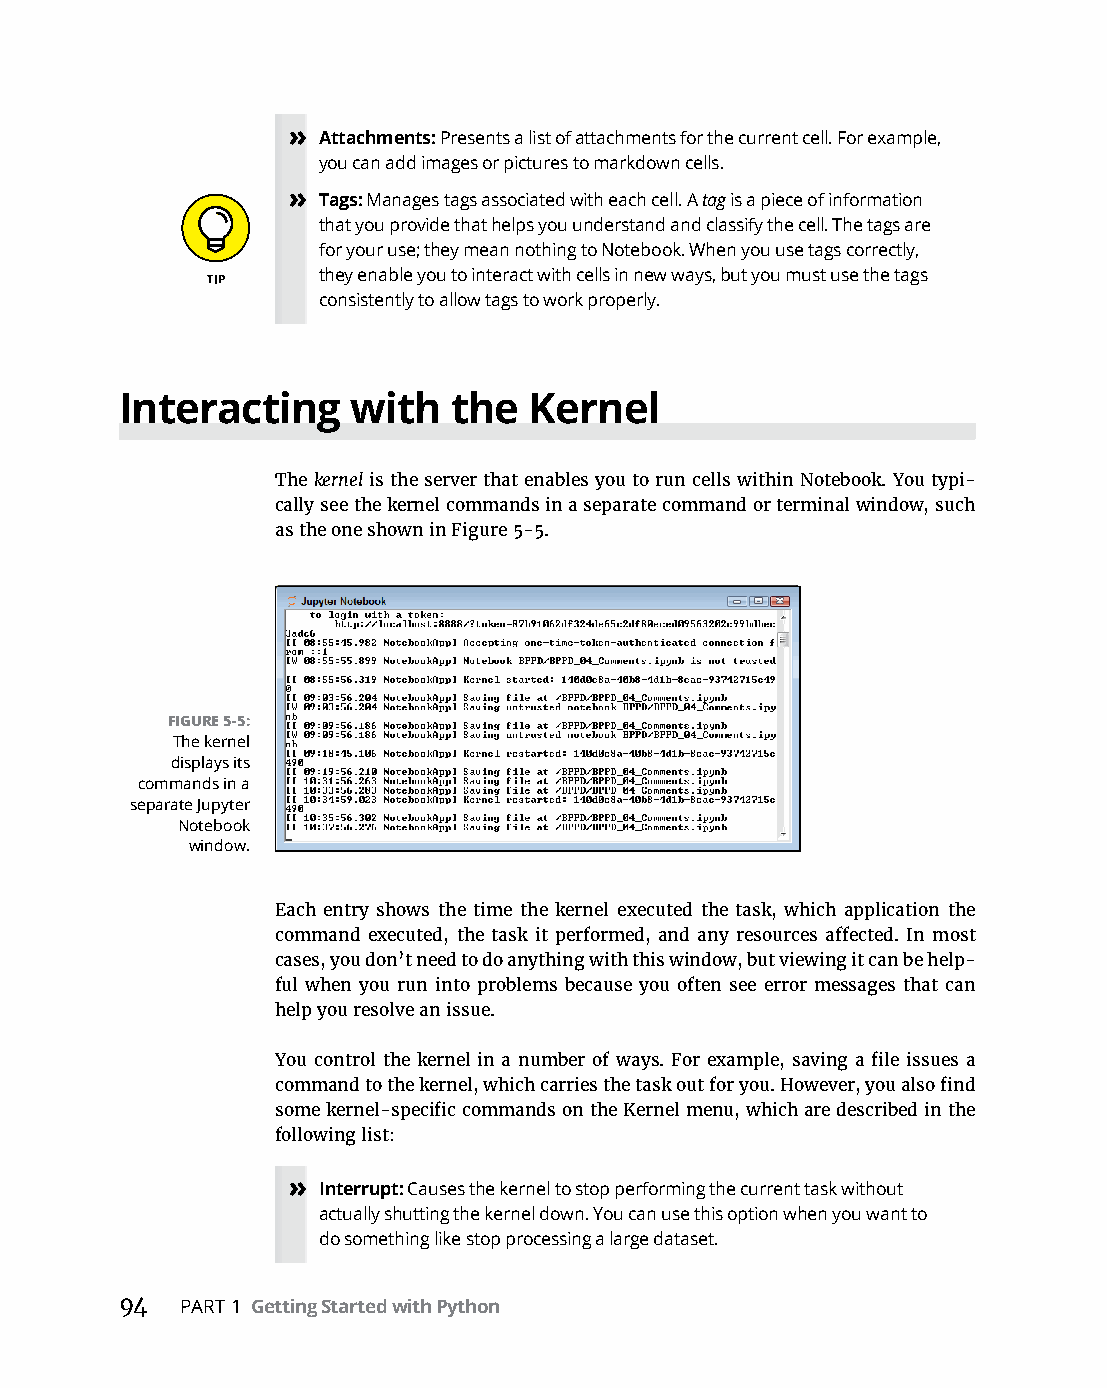
» Attachments: Presents a list of attachments for the current cell. For example,
 you can add images or pictures to markdown cells.
 » Tags: Manages tags associated with each cell. A tag is a piece of information
 that you provide that helps you understand and classify the cell. The tags are
 for your use; they mean nothing to Notebook. When you use tags correctly,
 they enable you to interact with cells in new ways, but you must use the tags
 consistently to allow tags to work properly.
 Interacting    with   the  Kernel
 The kernel is the server that enables you to run cells within Notebook. You typi-
 cally see the kernel commands in a separate command or terminal window, such
 as the one shown in Figure 5-5.
 FIGURE 5-5:
 The kernel
 displays its
 commands in a
 separate Jupyter
 Notebook
 window.
 Each entry shows the time the kernel executed the task, which application the
 command executed, the task it performed, and any resources affected. In most
 cases, you don’t need to do anything with this window, but viewing it can be help-
 ful when you run into problems because you often see error messages that can
 help you resolve an issue.
 You control the kernel in a number of ways. For example, saving a file issues a
 command to the kernel, which carries the task out for you. However, you also find
 some kernel-specific commands on the Kernel menu, which are described in the
 following list:
 » Interrupt: Causes the kernel to stop performing the current task without
 actually shutting the kernel down. You can use this option when you want to
 do something like stop processing a large dataset.
 94  PART 1 Getting Started with Python